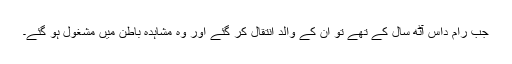
جب رام داس آٹھ سال کے تھے تو ان کے والد انتقال کر گئے اور وہ مشاہدہ باطن میں مشغول ہو گئے۔